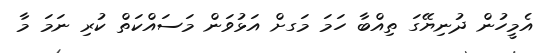
އެމީހުން ދުނިޔޭގަ ތިއްބާ ހަމަ މަގށް އަޅުވަން މަސައްކަތް ކުރި ނަމަ މާ